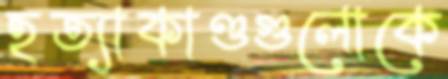
হত্যাকাণ্ডগুলোকে